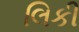
લિકી